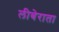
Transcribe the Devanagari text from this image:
लीबेराता